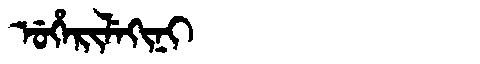
Manchu: ᡠᡥᡝᡵᡳᠯᡝᡴᡳᠨᡳ
Romanization: UHERILEKINI